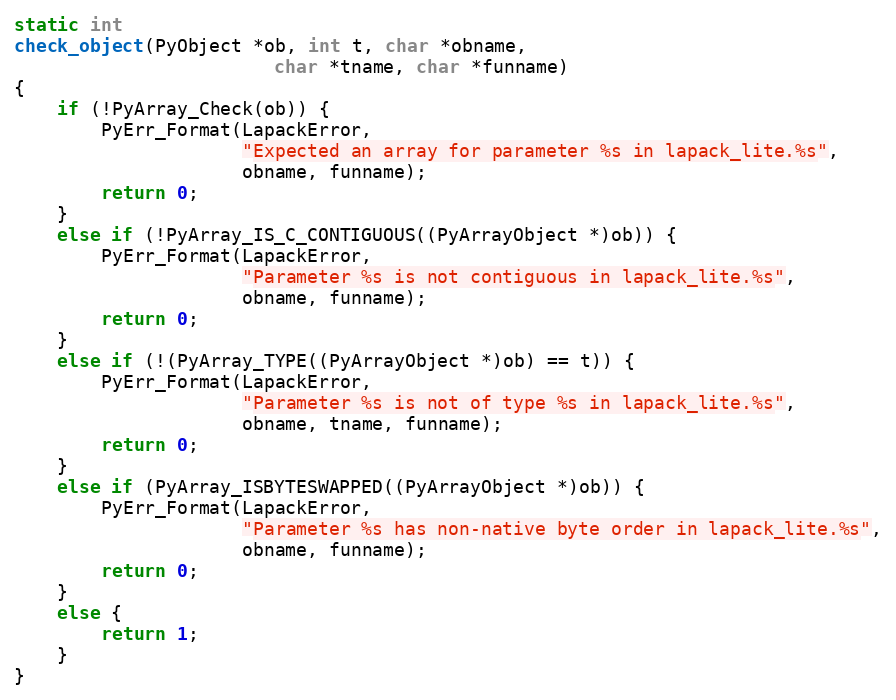
Language: C
static int
check_object(PyObject *ob, int t, char *obname,
                        char *tname, char *funname)
{
    if (!PyArray_Check(ob)) {
        PyErr_Format(LapackError,
                     "Expected an array for parameter %s in lapack_lite.%s",
                     obname, funname);
        return 0;
    }
    else if (!PyArray_IS_C_CONTIGUOUS((PyArrayObject *)ob)) {
        PyErr_Format(LapackError,
                     "Parameter %s is not contiguous in lapack_lite.%s",
                     obname, funname);
        return 0;
    }
    else if (!(PyArray_TYPE((PyArrayObject *)ob) == t)) {
        PyErr_Format(LapackError,
                     "Parameter %s is not of type %s in lapack_lite.%s",
                     obname, tname, funname);
        return 0;
    }
    else if (PyArray_ISBYTESWAPPED((PyArrayObject *)ob)) {
        PyErr_Format(LapackError,
                     "Parameter %s has non-native byte order in lapack_lite.%s",
                     obname, funname);
        return 0;
    }
    else {
        return 1;
    }
}